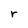
Character: r